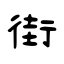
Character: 街